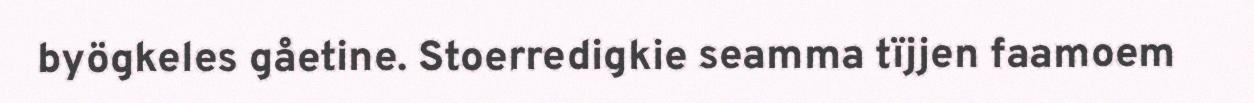
byögkeles gåetine. Stoerredigkie seamma tïjjen faamoem